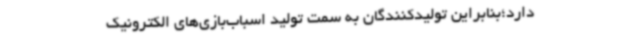
دارد؛بنابراین تولیدکنندگان به سمت تولید اسباب‌بازی‌های الکترونیک